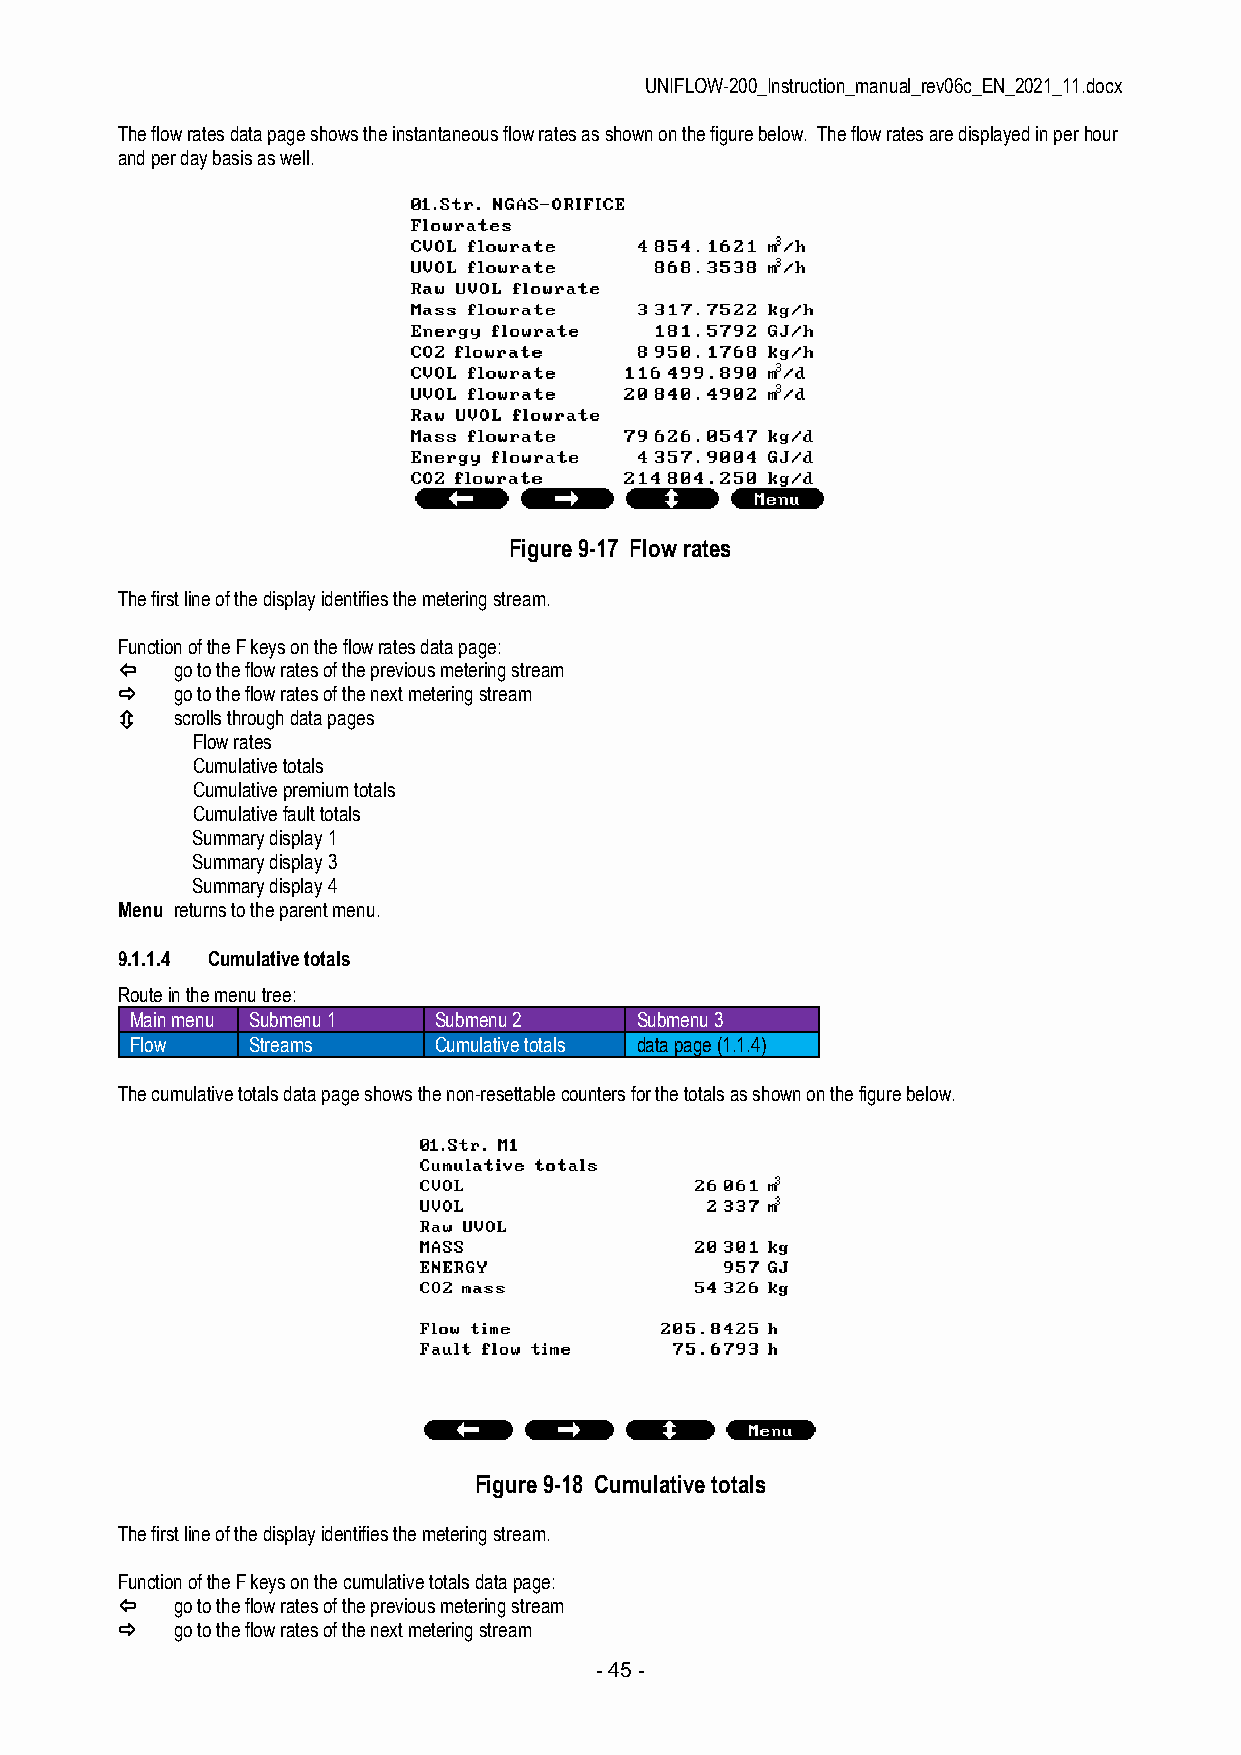
UNIFLOW-200_Instruction_manual_rev06c_EN_2021_11.docx
 The flow rates data page shows the instantaneous flow rates as shown on the figure below. The flow rates are displayed in per hour
 and per day basis as well.
 Figure 9-17 Flow rates
 The first line of the display identifies the metering stream.
 Function of the F keys on the flow rates data page:
    go to the flow rates of the previous metering stream
    go to the flow rates of the next metering stream
    scrolls through data pages
 Flow rates
 Cumulative totals
 Cumulative premium totals
 Cumulative fault totals
 Summary display 1
 Summary display 3
 Summary display 4
 Menu returns to the parent menu.
 9.1.1.4 Cumulative totals
 Route in the menu tree:
 Main menu Submenu 1 Submenu 2    Submenu 3
 Flow   Streams      Cumulative totals data page (1.1.4)
 The cumulative totals data page shows the non-resettable counters for the totals as shown on the figure below.
 Figure 9-18 Cumulative totals
 The first line of the display identifies the metering stream.
 Function of the F keys on the cumulative totals data page:
    go to the flow rates of the previous metering stream
    go to the flow rates of the next metering stream
 - 45 -